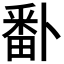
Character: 𭻣